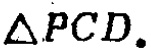
$\triangle PCD.$